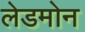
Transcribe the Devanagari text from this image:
लेडमोन